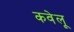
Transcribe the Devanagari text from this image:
कवेलू